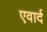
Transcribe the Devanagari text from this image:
एवार्द